Civil Veterinary Dept. Assam report 1911-1927 - 1911-1927
Year: 1911
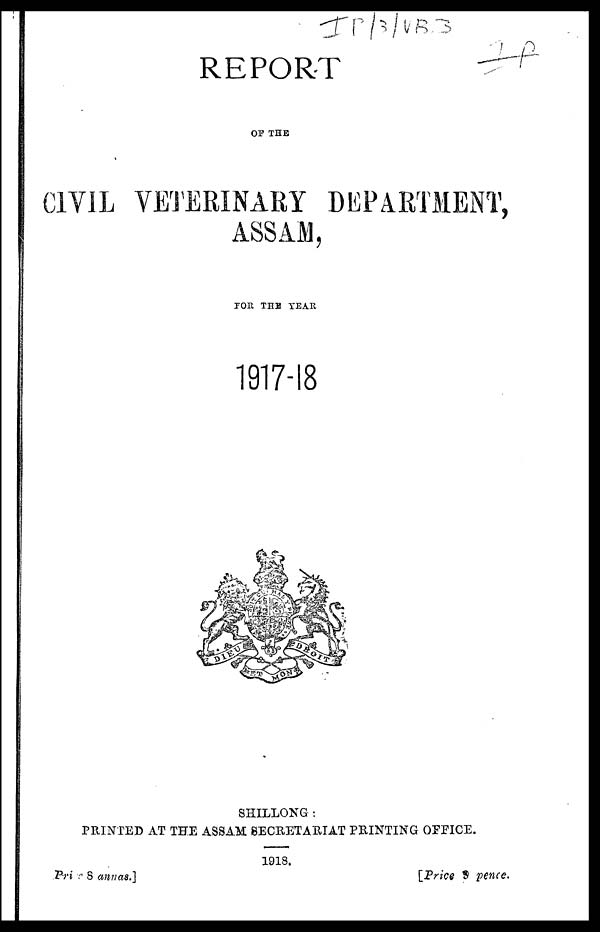
REPORT
0f THE
C1VIL VETERINARY DEPARTMENT,
ASSAM,
FOR THE YEAR
1917-18
SHILLONG :
PRINTED AT THE ASSAM SECRETARIAL PRINTING OFFICE.
1918.
price 8 annas.]
[Price 9 pence.